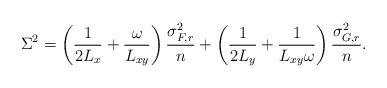
LaTeX: \begin{align*}\Sigma^2 = \left(\frac{1}{2L_{x}}+\frac{\omega}{L_{xy}} \right)\frac{\sigma_{F, r}^2}{n}+\left(\frac{1}{2L_{y}}+\frac{1}{L_{xy}\omega}\right)\frac{\sigma_{G, r}^2}{n}.\end{align*}